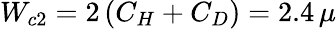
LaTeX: W_{c2}=2\left(C_{H}+C_{D}\right)=2.4\, \mu